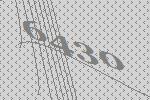
6430